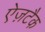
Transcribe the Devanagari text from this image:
ऐज़टैक